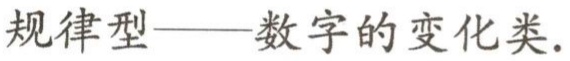
规律型——数字的变化类.